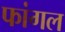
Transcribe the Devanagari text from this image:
फांगल